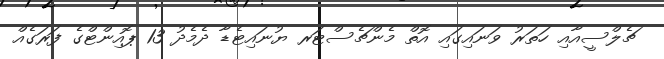
ޗެލްސީއާއި ހަތަރު ވަނައިގައި އޮތް މެންޗެސްޓަރ ޔުނައިޓެޑާ ދެމެދު 13 ޕޮއިންޓްގެ ފަރަގެއް